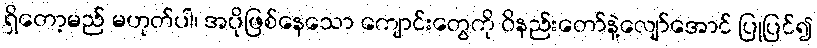
ရှိတော့မည် မဟုတ်ပါ၊ အပိုဖြစ်နေသော ကျောင်းတွေကို ဝိနည်းတော်နဲ့လျော်အောင် ပြုပြင်၍